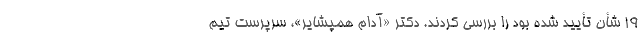
۱۹ شأن تأیید شده بود را بررسی کردند. دکتر «آدام همپشایر»، سرپرست تیم